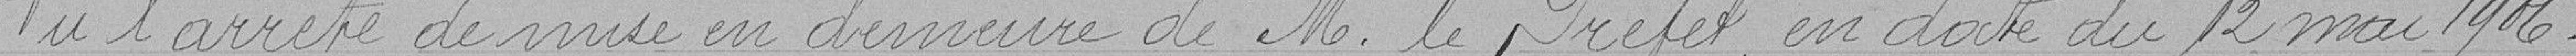
Vu l'arrêté de mise en demeure de Monsieur le Préfet en date du 12 mai 1906